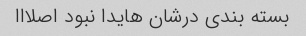
بسته بندی درشان هایدا نبود اصلااا